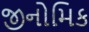
જીનોમિક